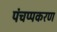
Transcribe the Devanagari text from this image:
पंचप्पकरण